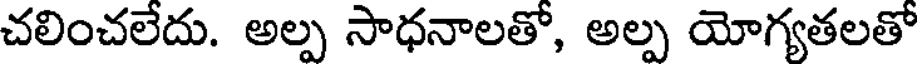
చలించలేదు. అల్ప సాధనాలతో, అల్ప యోగ్యతలతో